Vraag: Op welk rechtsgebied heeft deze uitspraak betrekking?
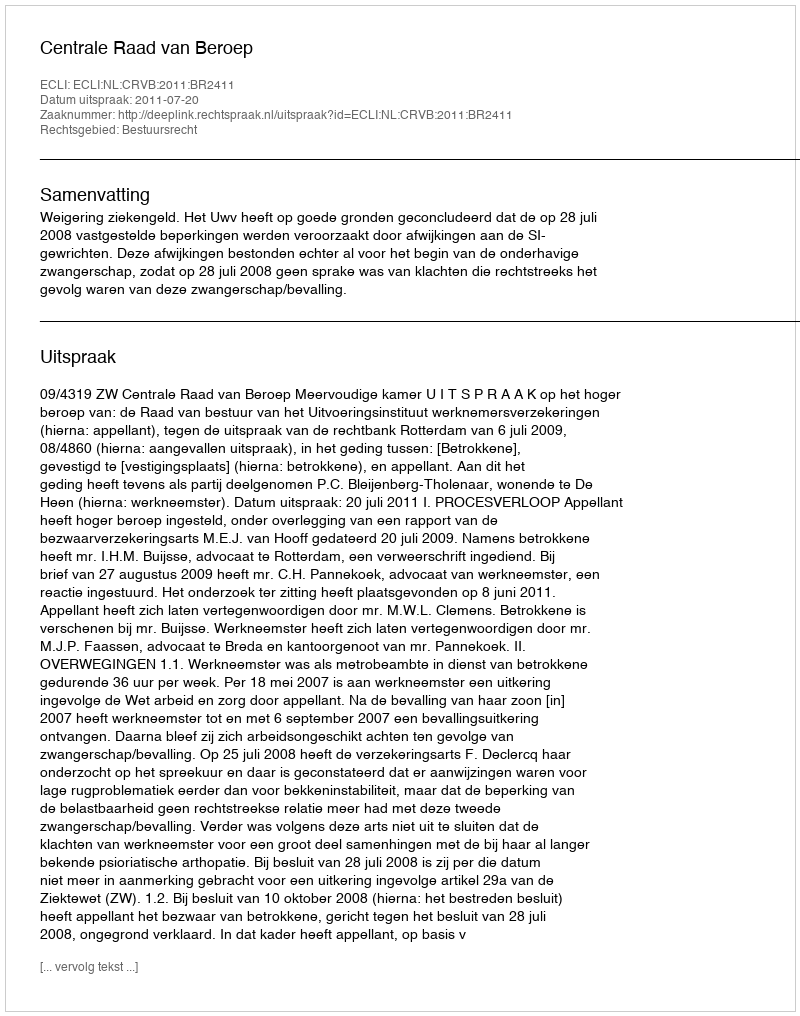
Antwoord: Bestuursrecht